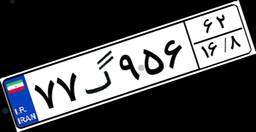
۹۸گ۷۹۰۵۶